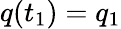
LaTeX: q(t_{1})=q_{1}